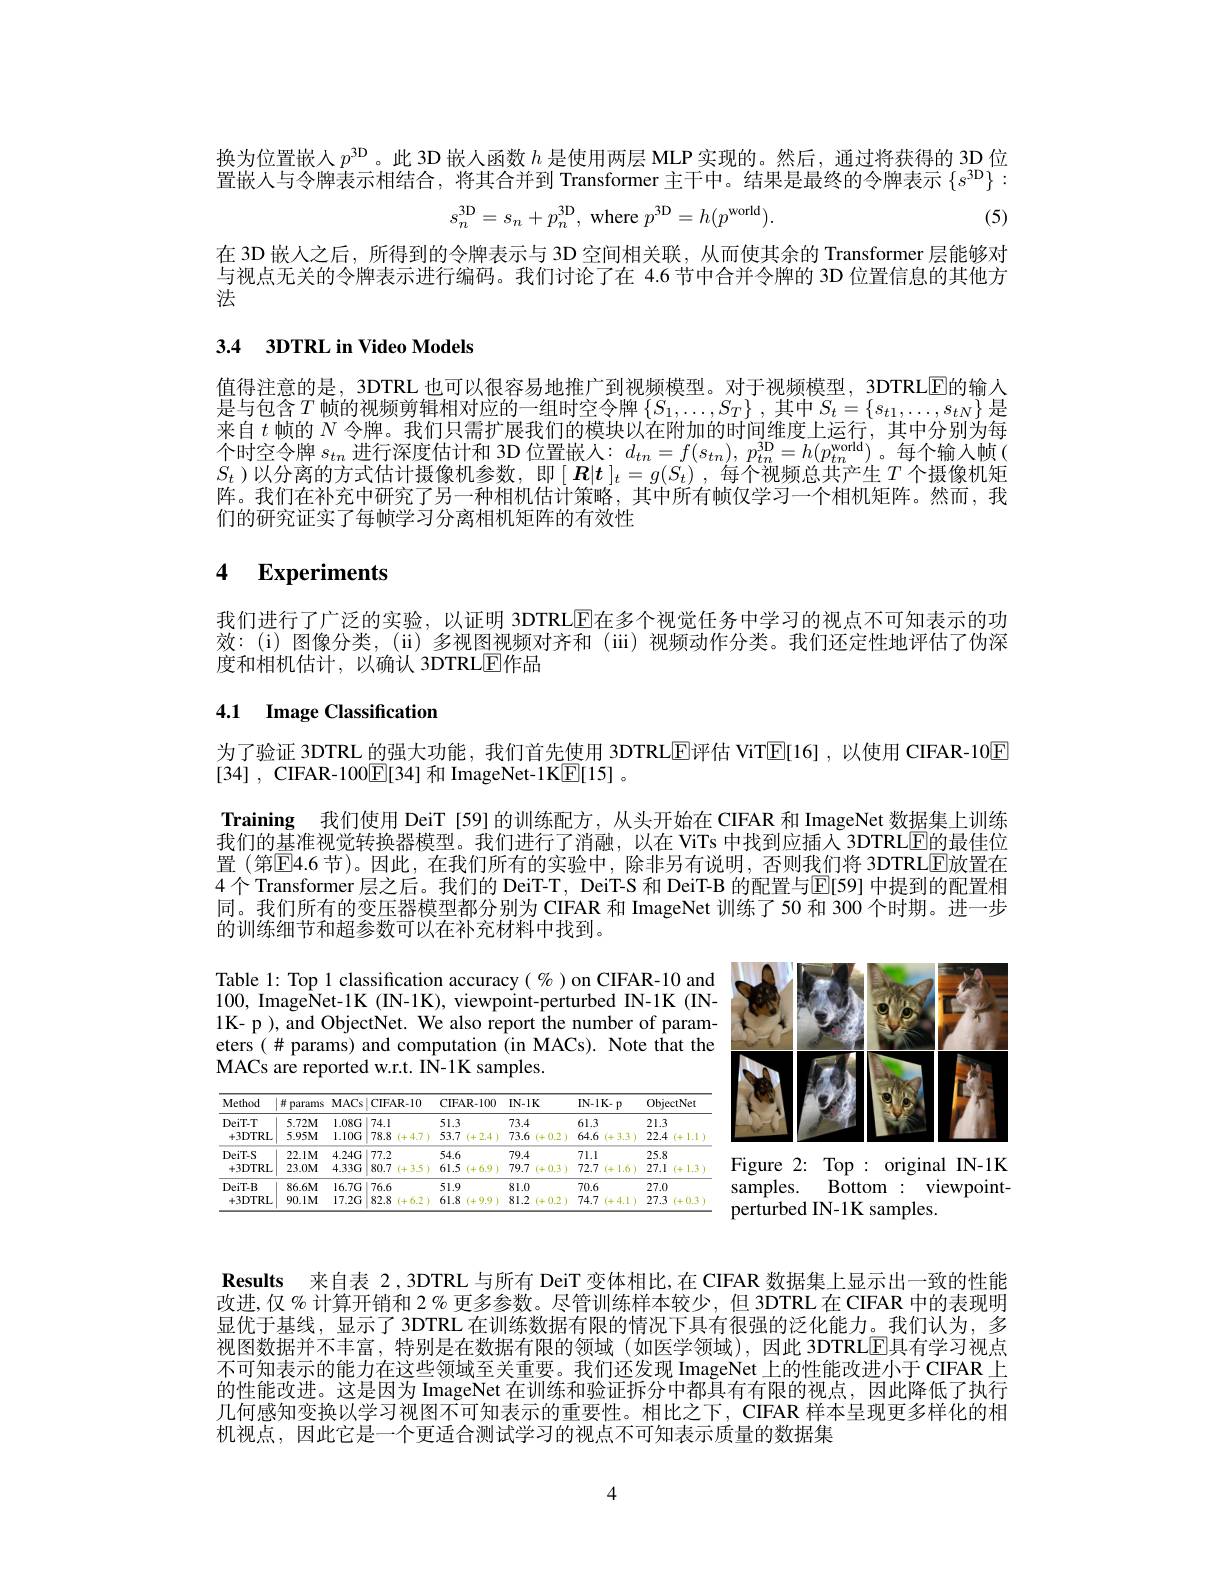
换为位置嵌人$p^\mathrm{3D}$。此 3D 嵌入函数$h$是使用两层 MLP 实现的。然后，通过将获得的 3D 位置嵌人与令牌表示相结合，将其合并到 Transformer 主干中。结果是最终的令牌表示$\{s^\mathrm{3D}\}:$
$$s_n^{3\mathrm{D}}=s_n+p_n^{3\mathrm{D}},\:\mathrm{where}\:p^{3\mathrm{D}}=h(p^{\mathrm{world}}).$$
(5)

在 3D 嵌人之后，所得到的令牌表示与 3D 空间相关联，从而使其余的 Transformer 层能够对与视点无关的令牌表示进行编码。我们讨论了在 4.6 节中合并令牌的 3D 位置信息的其他方法

# 3.4 3DTRL in Video Models

值得注意的是，3DTRL 也可以很容易地推广到视频模型。对于视频模型，3DTRLE的输人是与包含$T$帧的视频剪辑相对应的一组时空令牌$\{S_1,\ldots,S_T\}$,其中$S_t=\{s_{t1},\ldots,s_{tN}\}$是来自$t$帧的$N$令牌。我们只需扩展我们的模块以在附加的时间维度上运行，其中分别为每个时空令牌$s_tn$进行深度估计和 3D 位置嵌入：$d_tn=f(s_{tn}),p_{tn}^\mathrm{3D}=h(p_{tn}^\mathrm{world})$。每个输入帧( $S_t$ )以分离的方式估计摄像机参数，即$[\boldsymbol R|\boldsymbol{t}]_t=g(S_t)$ ,每个视频总共产生 $T$ 个摄像机矩阵。我们在补充中研究了另一种相机估计策略，其中所有帧仅学习一个相机矩阵。然而，我们的研究证实了每帧学习分离相机矩阵的有效性

# 4 Experiments

我们进行了广泛的实验，以证明 3DTRLE在多个视觉任务中学习的视点不可知表示的功效：(i)图像分类，(ii)多视图视频对齐和(iii)视频动作分类。我们还定性地评估了伪深度和相机估计，以确认 3DTRLE作品

# 4.1 Image Classification

为了验证 3DTRL 的强大功能，我们首先使用 3DTRLE评估 ViTE[16] ,以使用 CIFAR-10$\boxed{\mathrm{E}}$
[34] , CIFAR- 100$\underline {{\mathrm{E} }}[ 34]$ 和 ImageNet-1K$\underline {\underline {\mathrm{E} }}[ 15]$ 。

Training 我们使用 DeiT [59] 的训练配方，从头开始在 CIFAR 和 ImageNet 数据集上训练我们的基准视觉转换器模型。我们进行了消融，以在 ViTs 中找到应插人 3DTRLE的最佳位置 (第$\mathbb{E}$4.6 节)。因此，在我们所有的实验中，除非另有说明，否则我们将 3DTRLE放置在4个Transformer 层之后。我们的 DeiT-T, DeiT-S 和 DeiT-B 的配置与$\operatorname{E}[59]$ 中提到的配置相同。我们所有的变压器模型都分别为 CIFAR 和 ImageNet 训练了50 和 300个时期。进一步的训练细节和超参数可以在补充材料中找到。

Table 1: Top 1 classification accuracy(%)on CIFAR-10 and

100, ImageNet-1K (IN-1K), viewpoint-perturbed IN-1K (IN-

1K- p ), and ObjectNet. We also report the number of param-

eters $(\#$ params) and computation (in MACs). Note that the

<FigureHere>

MACs are reported w.r.t. IN-1K samples

<table>
	<tbody>
		<tr>
			<th>Method</th>
			<th>井 params</th>
			<th>MACs</th>
			<th>CIFAR- 10</th>
			<th>CIFAR- 100</th>
			<th>$IN-1K$</th>
			<th>$IN-1K-p$</th>
			<th>ObjectNet</th>
		</tr>
		<tr>
			<td rowspan="2">DeiT-T $+3DTRL$</td>
			<td>$5.72M$</td>
			<td>$1.08G$</td>
			<td>74.1</td>
			<td>51.3</td>
			<td>73.4</td>
			<td>61.3</td>
			<td>21.3</td>
		</tr>
		<tr>
			<td>$5.95M$</td>
			<td>$1.10G$</td>
			<td>78.8 (+4.7)</td>
			<td>53.7 (+2.4 1</td>
			<td>73.6 (+0.2)</td>
			<td>64.6 (+3.3)</td>
			<td>22.4 (+1.1</td>
		</tr>
		<tr>
			<td rowspan="2">DeiT-S $+3DTRL$</td>
			<td>$22.1M$</td>
			<td>$4.24G$</td>
			<td>77.2</td>
			<td>54.6</td>
			<td>79.4</td>
			<td>71.1</td>
			<td>25.8</td>
		</tr>
		<tr>
			<td>$23.0M$</td>
			<td>$4.33G$</td>
			<td>80.7 (+3.5)</td>
			<td>61.5 (+6.9)</td>
			<td>79.7 (+0.3)</td>
			<td>72.7 (+1.6)</td>
			<td>27.1 (+1.3</td>
		</tr>
		<tr>
			<td rowspan="2">DeiT-B $+3DTRL$</td>
			<td>$86.6M$</td>
			<td>$16.7G$</td>
			<td>76.6</td>
			<td>51.9</td>
			<td>81.0</td>
			<td>70.6</td>
			<td>27.0</td>
		</tr>
		<tr>
			<td>$90.1M$</td>
			<td>$17.2G$</td>
			<td>82.8 (+6.2</td>
			<td>61.8 (+9.9</td>
			<td>81.2 $i+$ +0.2</td>
			<td>74.7 1+. 4.1</td>
			<td>27.3 $i+$ +0.3</td>
		</tr>
	</tbody>
</table>

Figure 2: Top : original IN-1K samples. Bottom : viewpointperturbed IN-1K samples.

$\textbf{Results 来 自 表 2, 3DTRL 与 所 有 DeiT 变 体 相 比 , 在 CIFAR 数 据 集 上 显 示 出 一 致 的 性 能 }$ 改进，仅 % 计算开销和 2 % 更多参数。尽管训练样本较少，但 3DTRL 在 CIFAR 中的表现明显优于基线，显示了 3DTRL 在训练数据有限的情况下具有很强的泛化能力。我们认为，多视图数据并不丰富，特别是在数据有限的领域(如医学领域),因此 3DTRL$\overline{\mathrm{E}}$具有学习视点不可知表示的能力在这些领域至关重要。我们还发现 ImageNet 上的性能改进小于 CIFAR 上的性能改进。这是因为 ImageNet 在训练和验证拆分中都具有有限的视点，因此降低了执行几何感知变换以学习视图不可知表示的重要性。相比之下，CIFAR 样本呈现更多样化的相机视点，因此它是一个更适合测试学习的视点不可知表示质量的数据集

4